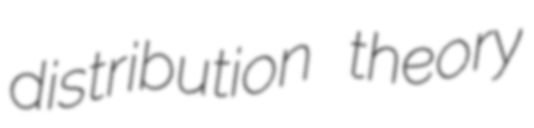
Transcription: distribution theory